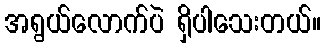
အရွယ်လောက်ပဲ ရှိပါသေးတယ်။